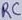
Text: RC